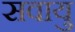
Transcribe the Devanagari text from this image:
सवायु